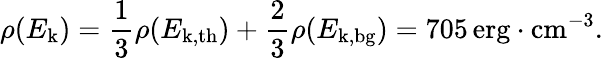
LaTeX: \rho(E_{\mathrm{k}})=\frac{1}{3}\rho(E_{\mathrm{k,th}})+\frac{2}{3}\rho(E_{\mathrm{k,bg}})=705\, \mathrm{erg}\cdot\mathrm{cm^{-3}}.